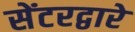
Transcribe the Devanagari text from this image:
सेंटरद्वारे